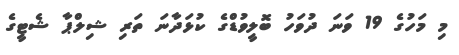
މި މަހުގެ 19 ވަނަ ދުވަހު ބޮލީވުޑްގެ ކުޅަދާނަ ތަރި ޝިލްޕާ ޝެޓީގެ